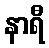
နာရီ